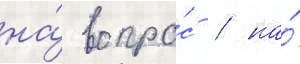
на́ вопро́с / на́